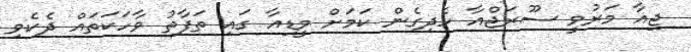
ޖިއާ މަރުވީ ސޫރަޖްއާ ހެދިގެން ކަމަށް މީޑިއާ ގައި ތަފާތު ވާހަކަތައް ދެކެވި